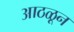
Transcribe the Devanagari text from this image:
आठळून